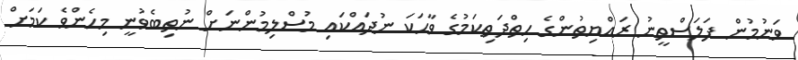
ވަނުމުން ފަލަސްތީނު ރައްޔިތުންގެ ހިތްދަތިކަމުގެ ވާހަކަ ނުދައްކައި މުސްލިމުންނަށް ނުތިބެވުނީ މިހެންވެ ކަމަށް